Standards of the constituents of the urine and blood and the bearing of the metabolism of Bengalis on the problems of nutrition - Number 34
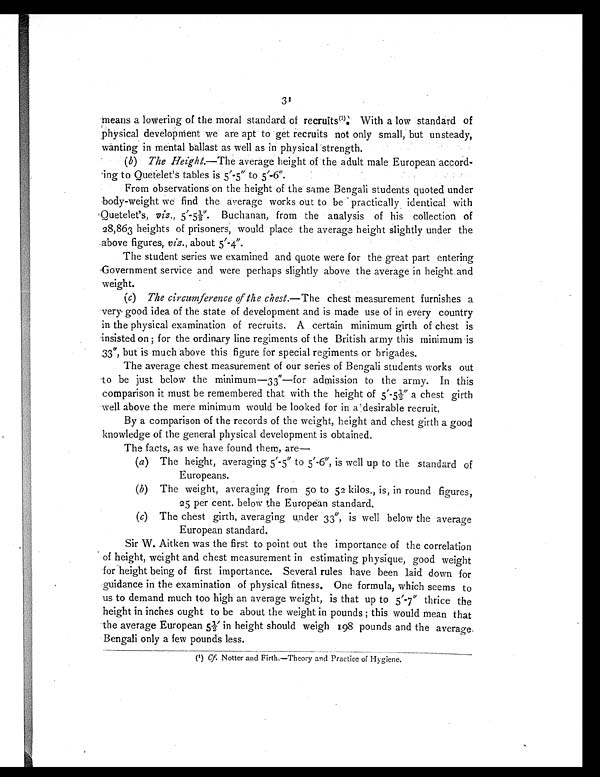
31
means a lowering of the moral standard of recruits(1). With a low standard of
physical development we are apt to get recruits not only small, but unsteady,
wanting in mental ballast as well as in physical strength.
(b) The Height.—The average height of the adult male European accord-
ing to Quetelet's tables is 5'-5" to 5'-6".
From observations on the height of the same Bengali students quoted under
body-weight we find the average works out to be practically identical with
Quetelet's, viz., 5'-5½". Buchanan, from the analysis of his collection of
28,863 heights of prisoners, would place the average height slightly under the
.above figures, viz., about 5'-4".
The student series we examined and quote were for the great part entering
Government service and were perhaps slightly above the average in height and
weight.
(c) The circumference of the chest.— The chest measurement furnishes a
very good idea of the state of development and is made use of in every country
in the physical examination of recruits. A certain minimum girth of chest is
insisted on ; for the ordinary line regiments of the British army this minimum is
33", but is much above this figure for special regiments or brigades.
The average chest measurement of our series of Bengali students works out
to be just below the minimum—33"—for admission to the army. In this
comparison it must be remembered that with the height of 5'-5½" a chest girth
well above the mere minimum would he looked for in a clesirable recruit.
By a comparison of the records of the weight, height and chest girth a good
knowledge of the general physical development is obtained.
The facts, as we have found them, are
—
(a) The height, averaging 5'-5" to 5'-6", is well up to the standard of
Europeans.
(b) The weight, averaging from 50 to 52 kilos., is, in round figures,
25 per cent. below the European standard.
(c) The chest girth, averaging wider 33", is well below the average
European standard.
Sir W. Aitken was the first to point out the importance of the correlation
of height, weight and chest measurement in estimating physique, good weight
for height being of first importance. Several rules have been laid down for
guidance in the examination of physical fitness. One formula, which seems to
us to demand much too high an average weight, is that up to 5'-7" thrice the
height in inches ought to be about the weight in pounds ; this would mean that
the average European 5½' in height should weigh 198 pounds and the average.
Bengali only a few pounds less.
(1) Cf Notter and Firth.—Theory and Practice of Hygiene.